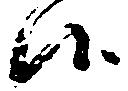
候